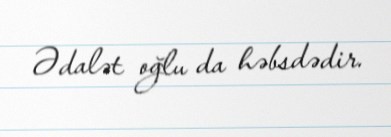
Ədalət oğlu da həbsdədir.